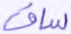
ساق